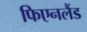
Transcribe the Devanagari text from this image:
फिएनलैंड